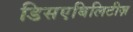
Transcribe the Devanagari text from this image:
डिसएबिलिटीज़